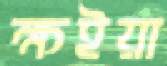
ক্ষইয়া